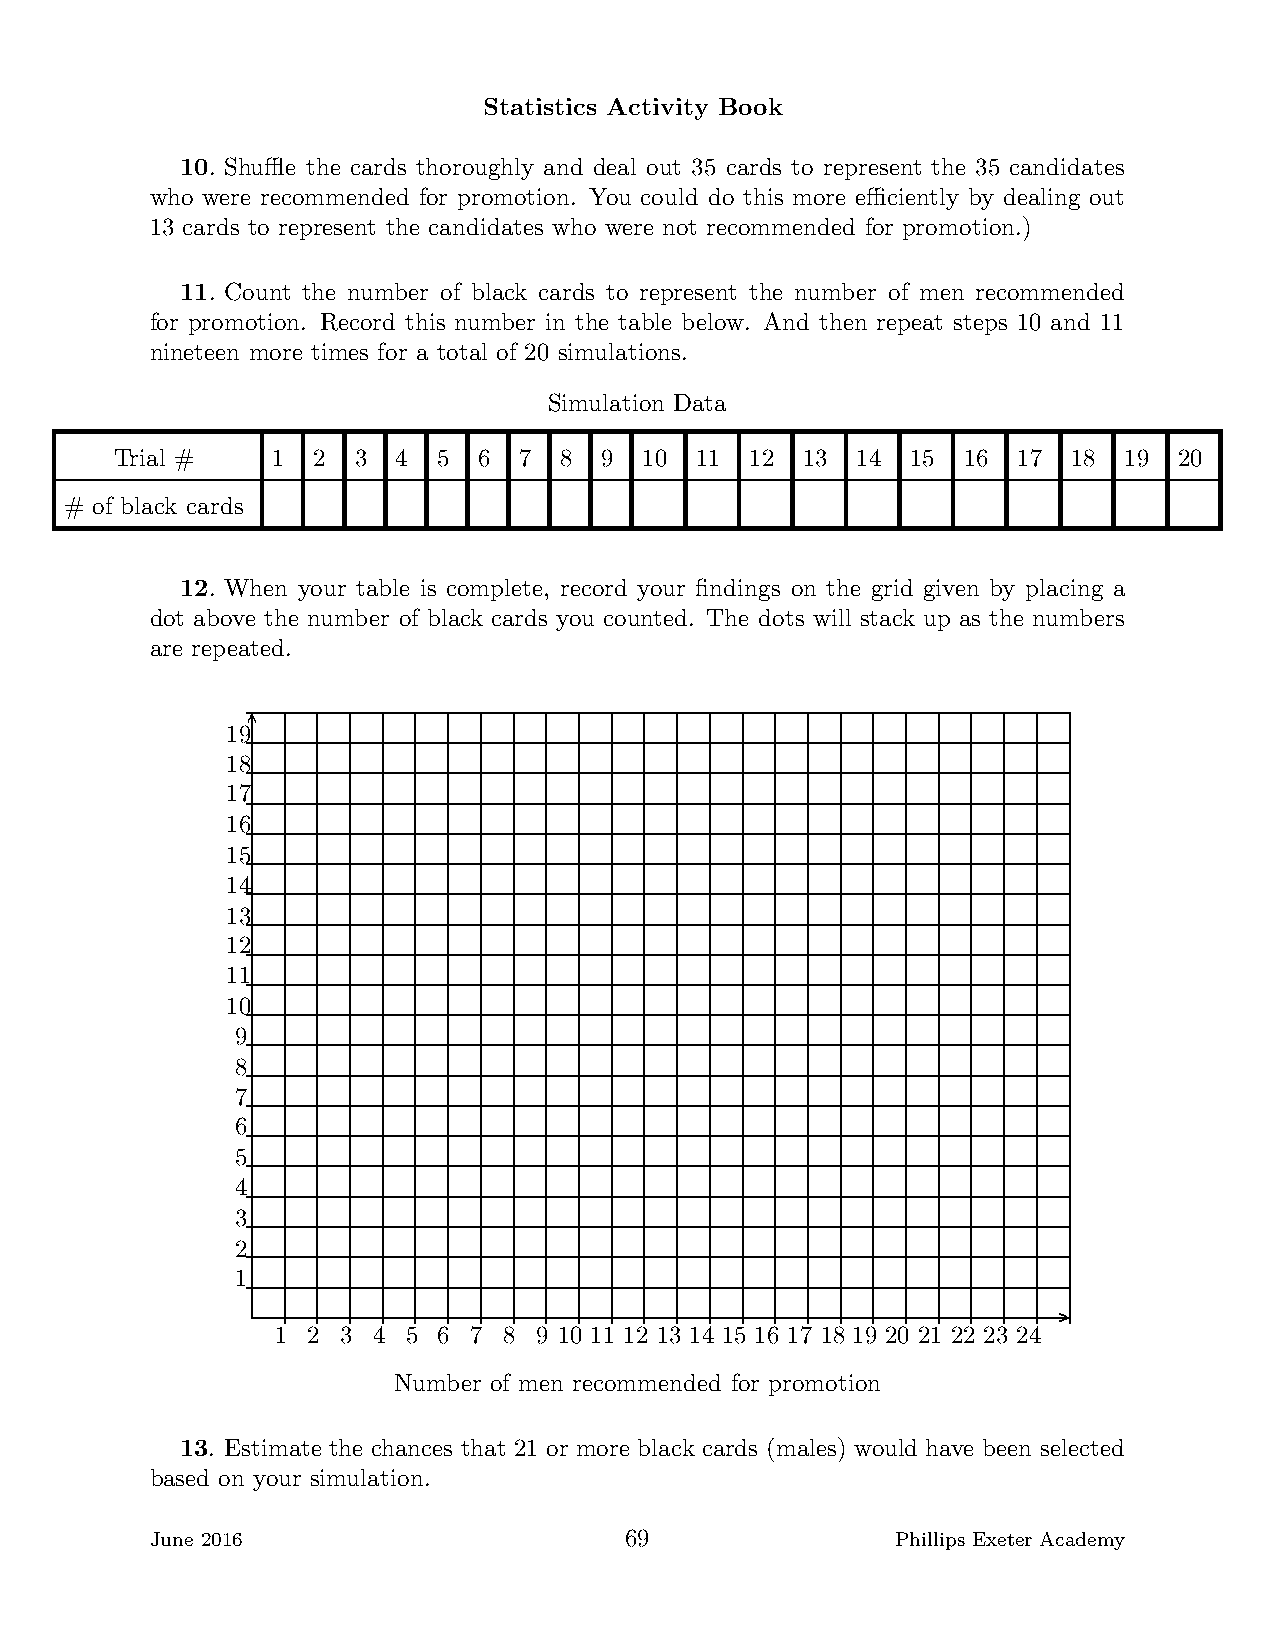
Statistics Activity Book
 10. Shuffle the cards thoroughly and deal out 35 cards to represent the 35 candidates
 who were recommended for promotion. You could do this more efficiently by dealing out
 13 cards to represent the candidates who were not recommended for promotion.)
 11. Count the number of black cards to represent the number of men recommended
 for promotion. Record this number in the table below. And then repeat steps 10 and 11
 nineteen more times for a total of 20 simulations.
 Simulation Data
 Trial #   1  2 3  4  5  6 7  8  9  10 11  12 13  14 15  16 17  18 19  20
 # of black cards
 12. When your table is complete, record your findings on the grid given by placing a
 dot above the number of black cards you counted. The dots will stack up as the numbers
 are repeated.
 ......................
 19
 18
 17
 16
 15
 14
 13
 12
 11
 10
 9
 8
 7
 6
 5
 4
 3
 2
 1
 .. .. ..................
 1 2  3 4 5 6 7 8  9 10 11 12 13 14 15 16 17 18 19 20 21 22 23 24
 Number of men recommended for promotion
 13. Estimate the chances that 21 or more black cards (males) would have been selected
 based on your simulation.
 June 2016                      69                Phillips Exeter Academy